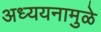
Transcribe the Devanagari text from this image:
अध्ययनामुळे